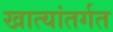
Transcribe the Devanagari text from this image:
खात्यांतर्गत